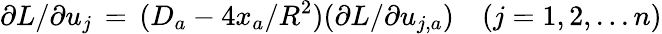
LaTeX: \partial L/\partial u_{j}\, =\, (D_{a}-4x_{a}/R^{2})(\partial L/\partial u_{j,a})\quad(j=1,2,...n)